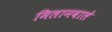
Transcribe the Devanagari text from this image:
मिलानवाले